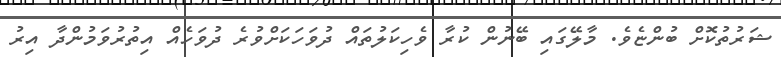
ޝަރުތުކޮށް ބުންޏެވެ. މާލޭގައި ބޭނުން ކުރާ ވެހިކަލުތައް ދުވަހަކަށްވުރެ ދުވަހެއް އިތުރުވަމުންދާ އިރު